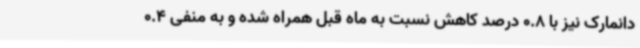
دانمارک نیز با 0.8 درصد کاهش نسبت به ماه قبل همراه شده و به منفی 0.4